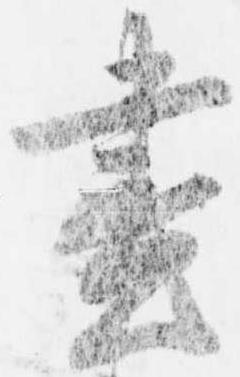
昼